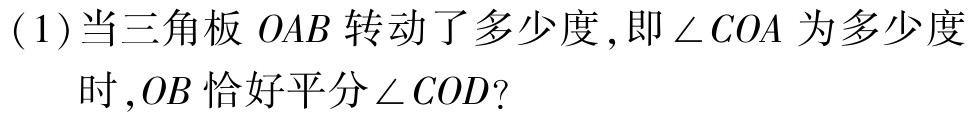
(1)当三角板\(OAB\)转动了多少度,即\(\angle COA\)为多少度时,\(OB\)恰好平分\(\angle COD\)?